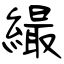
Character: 繓